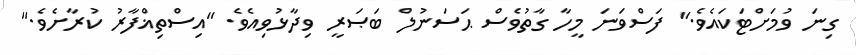
ގިނަ ވުމަށްޓަކައެވެ." ފަސްވަނަ މީހާ ގާތުވެސް ޙަސަނުލް ބަޞަރީ ވިދާޅުވިއެވެ. "އިސްތިޣްފާރު ކުރާށެވެ."